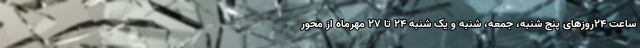
ساعت ۲۴روزهای پنج شنبه، جمعه، شنبه و یک شنبه ۲۴ تا ۲۷ مهرماه از محور